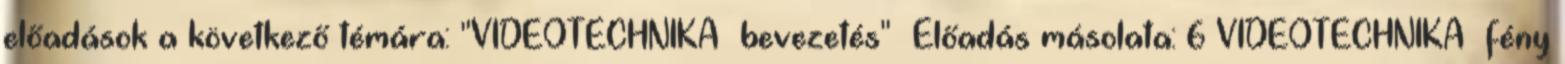
előadások a következő témára: "VIDEOTECHNIKA bevezetés"— Előadás másolata: 6 VIDEOTECHNIKA fény